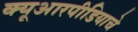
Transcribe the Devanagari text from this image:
क्यूआरपीडियाचे